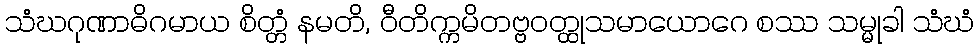
သံဃဂုဏာဓိဂမာယ စိတ္တံ နမတိ, ဝီတိက္ကမိတဗ္ဗဝတ္ထုသမာယောဂေ စဿ သမ္မုခါ သံဃံ